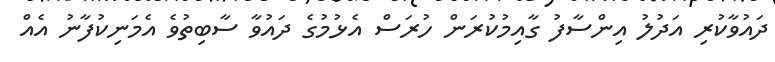
ދައުވާކުރި އަދުލު އިންސާފު ގާއިމުކުރަން ހުރަސް އެޅުމުގެ ދައުވާ ސާބިތުވެ އެމަނިކުފާނު އެއް